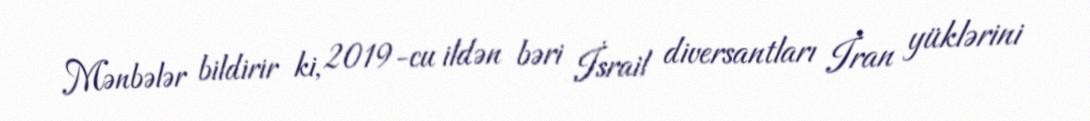
Mənbələr bildirir ki, 2019-cu ildən bəri İsrail diversantları İran yüklərini